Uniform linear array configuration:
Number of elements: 32
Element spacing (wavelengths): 0.25
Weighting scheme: cosine
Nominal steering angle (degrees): -60
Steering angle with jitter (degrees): -60.099
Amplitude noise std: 0.05
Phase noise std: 0.05

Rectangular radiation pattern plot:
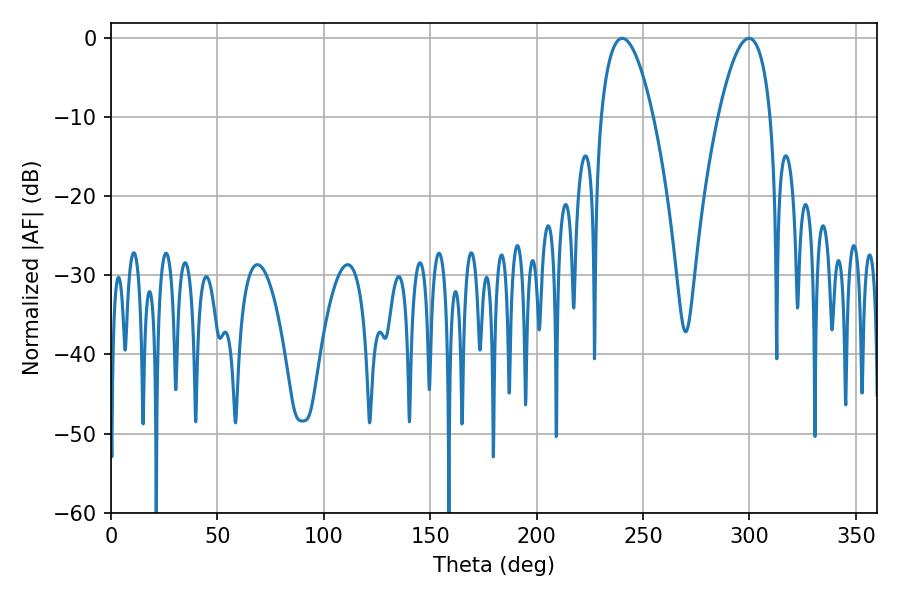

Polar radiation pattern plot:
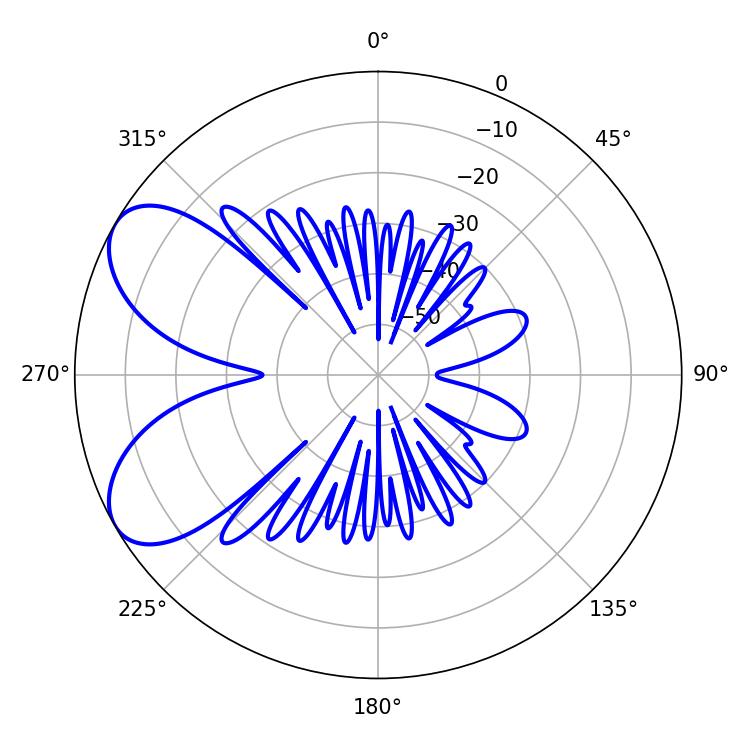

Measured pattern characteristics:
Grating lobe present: FALSE
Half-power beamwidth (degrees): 13.5
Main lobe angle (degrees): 240.3